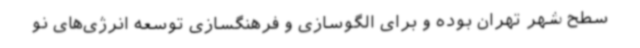
سطح شهر تهران بوده و برای الگوسازی و فرهنگسازی توسعه انرژی‌های نو